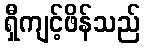
ရှီကျင့်ဖိန်သည်